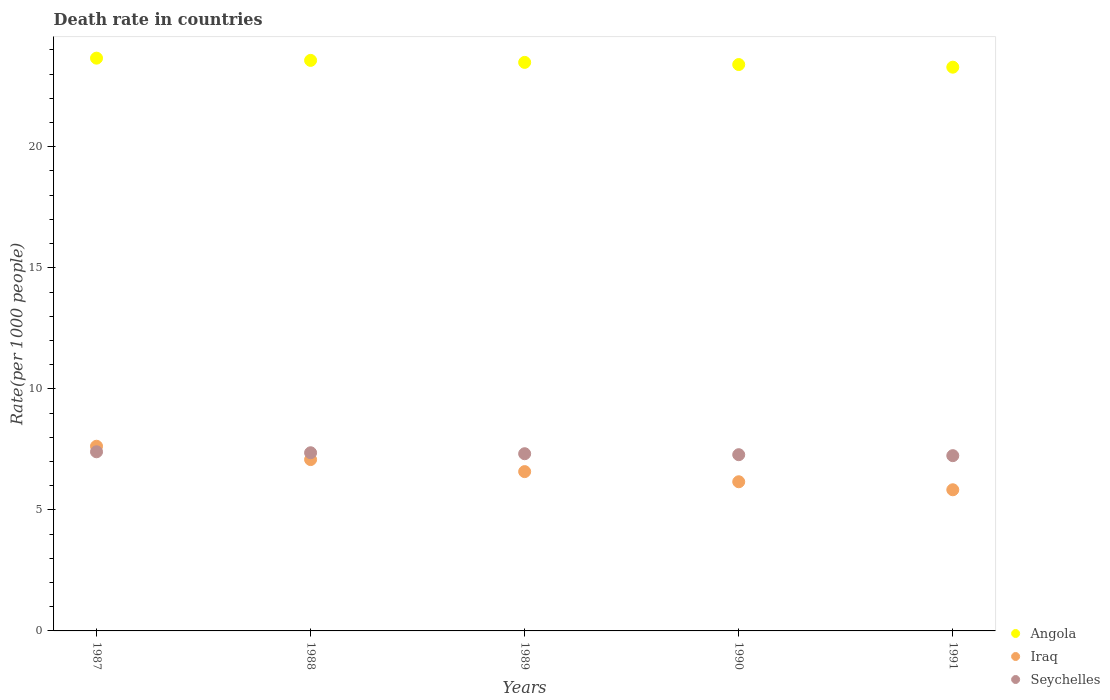
| Years | Angola | Iraq | Seychelles |
 | --- | --- | --- | --- |
 | 1987 | 23.7 | 7.63 | 7.4 |
 | 1988 | 23.6 | 7.08 | 7.36 |
 | 1989 | 23.5 | 6.58 | 7.32 |
 | 1990 | 23.4 | 6.16 | 7.28 |
 | 1991 | 23.3 | 5.83 | 7.24 |